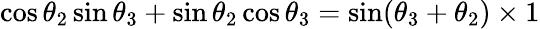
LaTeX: \cos\theta_{2}\sin\theta_{3}+\sin\theta_{2}\cos\theta_{3}=\sin(\theta_{3}+\theta_{2})\times 1